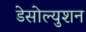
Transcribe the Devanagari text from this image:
डेसोल्युशन